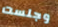
وجلست